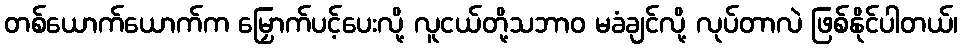
တစ်ယောက်ယောက်က မြှောက်ပင့်ပေးလို့ လူငယ်တို့သဘာဝ မခံချင်လို့ လုပ်တာလဲ ဖြစ်နိုင်ပါတယ်၊